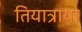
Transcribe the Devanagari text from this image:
तियात्राया